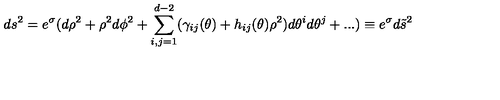
d s ^ { 2 } = e ^ { \sigma } ( d \rho ^ { 2 } + \rho ^ { 2 } d \phi ^ { 2 } + \sum _ { i , j = 1 } ^ { d - 2 } ( \gamma _ { i j } ( \theta ) + h _ { i j } ( \theta ) \rho ^ { 2 } ) d \theta ^ { i } d \theta ^ { j } + . . . ) \equiv e ^ { \sigma } d \tilde { s } ^ { 2 }